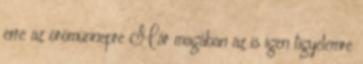
erre az örömünnepre Már magában az is igen figyelemre